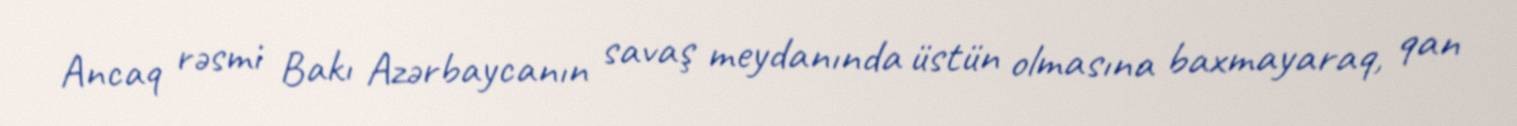
Ancaq rəsmi Bakı Azərbaycanın savaş meydanında üstün olmasına baxmayaraq, qan